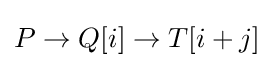
P\to Q[i]\to T[i+j]